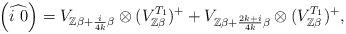
LaTeX: \begin{align*}\left(\widehat{i\ 0}\right)=V_{\mathbb{Z}\beta+\frac{i}{4k}\beta}\otimes(V_{\mathbb{Z}\beta}^{T_{1}})^{+}+V_{\mathbb{Z}\beta+\frac{2k+i}{4k}\beta}\otimes(V_{\mathbb{Z}\beta}^{T_{1}})^{+},\end{align*}